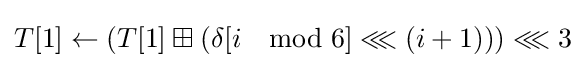
T[1]\leftarrow \left(T[1]\boxplus \left(\delta [i\mod 6]\lll \left(i+1\right)\right)\right)\lll 3